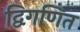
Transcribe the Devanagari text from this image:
द्विगणित